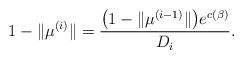
LaTeX: \begin{align*}1-\|\mu^{(i)}\| = \frac{\big(1-\|\mu^{(i-1)}\| \big) e^{c(\beta)} }{D_{i}}.\end{align*}